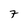
Character: 7